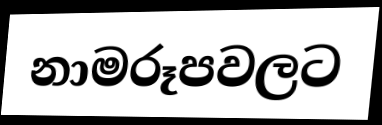
නාමරූපවලට